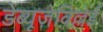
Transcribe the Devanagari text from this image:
डेब्यूज़ेविल्लेई